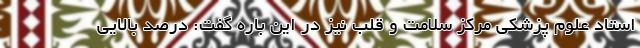
استاد علوم پزشکی مرکز سلامت و قلب نیز در این باره گفت: درصد بالایی